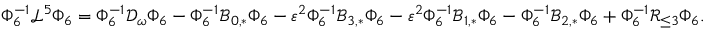
\begin{array} { r } { \Phi _ { 6 } ^ { - 1 } \mathcal { L } ^ { 5 } \Phi _ { 6 } = \Phi _ { 6 } ^ { - 1 } \mathcal { D } _ { \omega } \Phi _ { 6 } - \Phi _ { 6 } ^ { - 1 } \mathcal { B } _ { 0 , * } \Phi _ { 6 } - \varepsilon ^ { 2 } \Phi _ { 6 } ^ { - 1 } \mathcal { B } _ { 3 , * } \Phi _ { 6 } - \varepsilon ^ { 2 } \Phi _ { 6 } ^ { - 1 } \mathcal { B } _ { 1 , * } \Phi _ { 6 } - \Phi _ { 6 } ^ { - 1 } \mathcal { B } _ { 2 , * } \Phi _ { 6 } + \Phi _ { 6 } ^ { - 1 } \mathcal { R } _ { \le 3 } \Phi _ { 6 } . } \end{array}